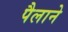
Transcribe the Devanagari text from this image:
पैलाने